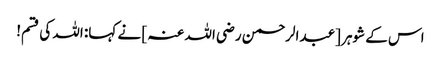
اس کے شوہر [عبدالرحمن رضی اللہ عنہ ] نے کہا: اللہ کی قسم!